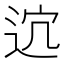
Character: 𨒆